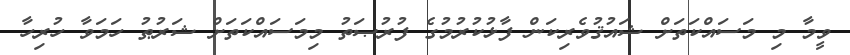
ވީމާ މި މަސައްކަތަށް ޝައުޤުވެރިކަން ފާޅުކުރުމުގެ ފުރުޞަތު މިމަސައްކަތަށް ޝަރުޠު ހަމަވާ ހުރިހާ